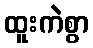
ထူးကဲစွာ